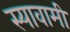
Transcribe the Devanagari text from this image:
स्यावामी